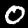
Digit: 0